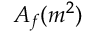
A _ { f } ( m ^ { 2 } )